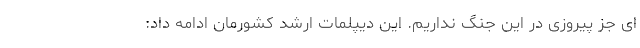
ای جز پیروزی در این جنگ نداریم. این دیپلمات ارشد کشورمان ادامه داد: